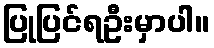
ပြုပြင်ရဦးမှာပါ။